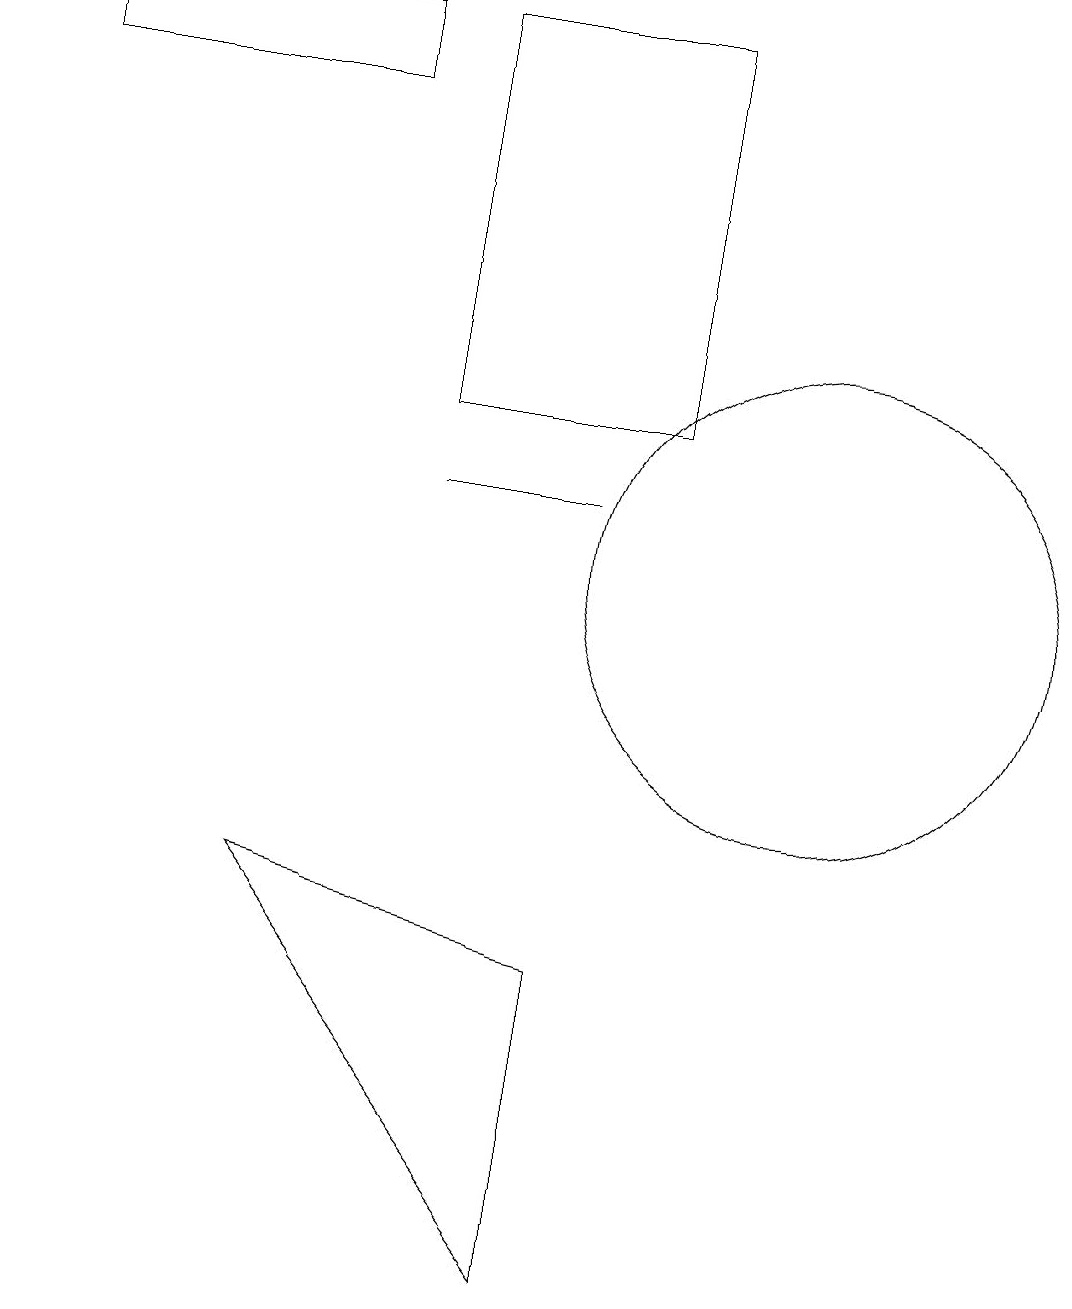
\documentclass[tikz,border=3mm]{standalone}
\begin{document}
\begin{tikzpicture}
\draw (4,17) rectangle (0,16);
\draw (5,11) rectangle (7,11);
\draw (10,10) circle (3);
\draw (8,12) rectangle (5,17);
\draw (7,1) -- (3,6) -- (7,5) -- cycle;
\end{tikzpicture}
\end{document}